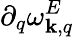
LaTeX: \partial_{q}\omega_{{\mathbf k},q}^{E}